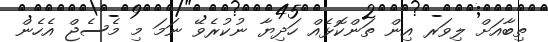
ތިބާއަށް ލިވަރ އިން ތަންކޮޅެއް ހަދިޔާ ނުކުރެވޭ ނަމަ މި މެސެޖް އެހެން